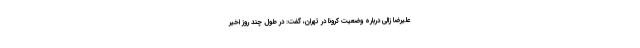
علیرضا زالی درباره وضعیت کرونا در تهران، گفت: در طول چند روز اخیر